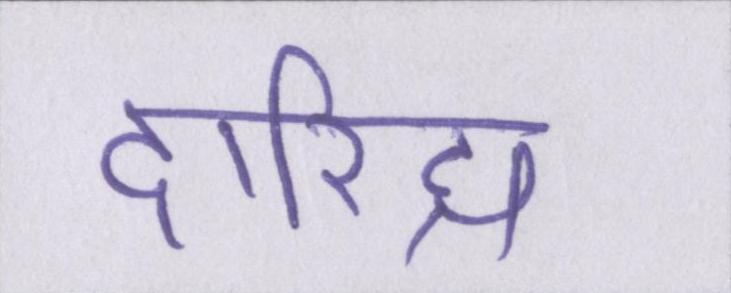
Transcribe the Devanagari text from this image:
दारिद्र्य